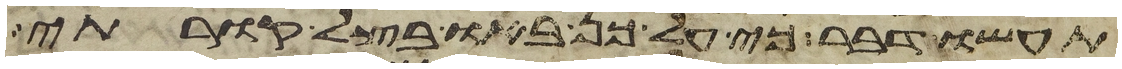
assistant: תעשו דבר כי על כן באו בצל קורתי